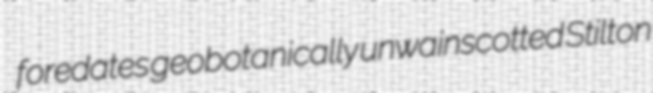
foredates geobotanically unwainscotted Stilton